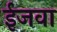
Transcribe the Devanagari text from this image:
ईजवा